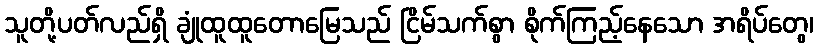
သူတို့ပတ်လည်ရှိ ချုံထူထူတောမြေသည် ငြိမ်သက်စွာ စိုက်ကြည့်နေသော အရိပ်တွေ၊